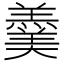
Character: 羹